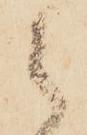
之